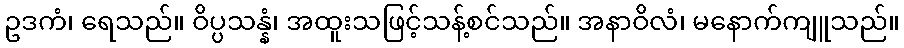
ဥဒကံ၊ ရေသည်။ ဝိပ္ပသန္နံ၊ အထူးသဖြင့်သန့်စင်သည်။ အနာဝိလံ၊ မနောက်ကျူသည်။